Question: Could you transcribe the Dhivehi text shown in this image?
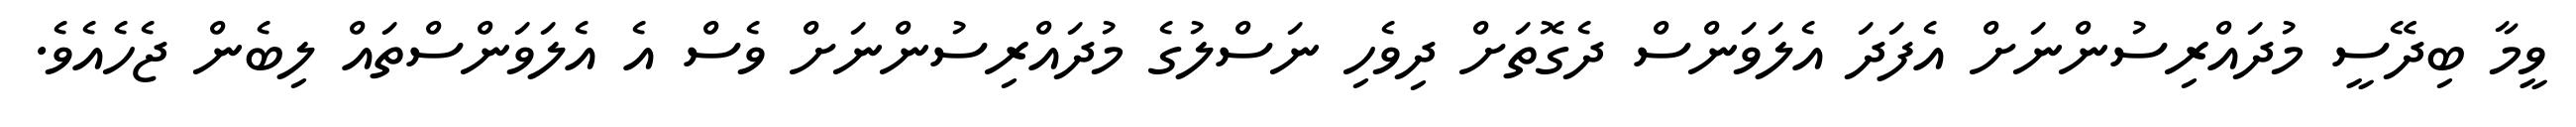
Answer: ވީމާ ބިދޭސީ މުދައްރިސުންނަށް އެފަދަ އެލަވަންސް ދެގޮތަށް ދިވެހި ނަސްލުގެ މުދައްރިސުންނަށް ވެސް އެ އެލަވަންސްތައް ލިބެން ޖެހެއެވެ.